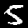
Digit: 5